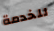
للخدمة